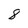
Character: 8